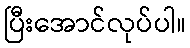
ပြီးအောင်လုပ်ပါ။